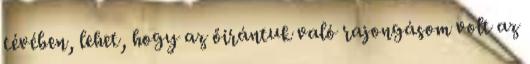
tévében, lehet, hogy az őirántuk való rajongásom volt az